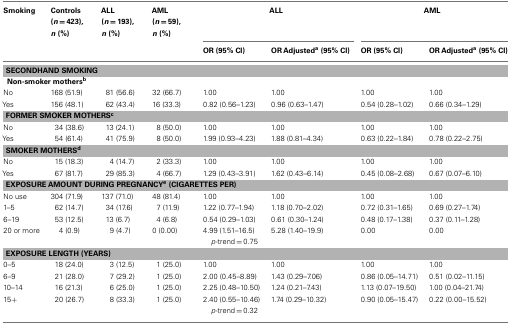
<table><thead><tr><td><b>Smoking</b></td><td><b>Controls (<i>n</i> = 423), <i>n</i> (%)</b></td><td><b>ALL (<i>n</i> = 193), <i>n</i> (%)</b></td><td><b>AML (<i>n</i> = 59), <i>n</i> (%)</b></td><td colspan="2"><b>ALL</b></td><td colspan="2"><b>AML</b></td></tr><tr><td></td><td></td><td></td><td></td><td><b>OR (95% CI)</b></td><td><b>OR Adjusted<sup>a</sup> (95% CI)</b></td><td><b>OR (95% CI)</b></td><td><b>OR Adjusted<sup>a</sup> (95% CI)</b></td></tr></thead><tbody><tr><td colspan="8"><b>SECONDHAND SMOKING</b></td></tr><tr><td colspan="8"><b>Non-smoker mothers<sup>b</sup></b></td></tr><tr><td>No</td><td>168 (51.9)</td><td>81 (56.6)</td><td>32 (66.7)</td><td>1.00</td><td>1.00</td><td>1.00</td><td>1.00</td></tr><tr><td>Yes</td><td>156 (48.1)</td><td>62 (43.4)</td><td>16 (33.3)</td><td>0.82 (0.56–1.23)</td><td>0.96 (0.63–1.47)</td><td>0.54 (0.28–1.02)</td><td>0.66 (0.34–1.29)</td></tr><tr><td colspan="8"><b>FORMER SMOKER MOTHERS<sup>c</sup></b></td></tr><tr><td>No</td><td>34 (38.6)</td><td>13 (24.1)</td><td>8 (50.0)</td><td>1.00</td><td>1.00</td><td>1.00</td><td>1.00</td></tr><tr><td>Yes</td><td>54 (61.4)</td><td>41 (75.9)</td><td>8 (50.0)</td><td>1.99 (0.93–4.23)</td><td>1.88 (0.81–4.34)</td><td>0.63 (0.22–1.84)</td><td>0.78 (0.22–2.75)</td></tr><tr><td colspan="8"><b>SMOKER MOTHERS<sup>d</sup></b></td></tr><tr><td>No</td><td>15 (18.3)</td><td>4 (14.7)</td><td>2 (33.3)</td><td>1.00</td><td>1.00</td><td>1.00</td><td>1.00</td></tr><tr><td>Yes</td><td>67 (81.7)</td><td>29 (85.3)</td><td>4 (66.7)</td><td>1.29 (0.43–3.91)</td><td>1.62 (0.43–6.14)</td><td>0.45 (0.08–2.68)</td><td>0.67 (0.07–6.10)</td></tr><tr><td colspan="8"><b>EXPOSURE AMOUNT DURING PREGNANCY<sup>e</sup> (CIGARETTES PER)</b></td></tr><tr><td>No use</td><td>304 (71.9)</td><td>137 (71.0)</td><td>48 (81.4)</td><td>1.00</td><td>1.00</td><td>1.00</td><td>1.00</td></tr><tr><td>1–5</td><td>62 (14.7)</td><td>34 (17.6)</td><td>7 (11.9)</td><td>1.22 (0.77–1.94)</td><td>1.18 (0.70–2.02)</td><td>0.72 (0.31–1.65)</td><td>0.69 (0.27–1.74)</td></tr><tr><td>6–19</td><td>53 (12.5)</td><td>13 (6.7)</td><td>4 (6.8)</td><td>0.54 (0.29–1.03)</td><td>0.61 (0.30–1.24)</td><td>0.48 (0.17–1.38)</td><td>0.37 (0.11–1.28)</td></tr><tr><td>20 or more</td><td>4 (0.9)</td><td>9 (4.7)</td><td>0 (0.00)</td><td>4.99 (1.51–16.5)</td><td>5.28 (1.40–19.9)</td><td>0.00</td><td>0.00</td></tr><tr><td></td><td colspan="6"><i>p</i>-trend = 0.75</td></tr><tr><td colspan="8"><b>EXPOSURE LENGTH (YEARS)</b></td></tr><tr><td>0–5</td><td>18 (24.0)</td><td>3 (12.5)</td><td>1 (25.0)</td><td>1.00</td><td>1.00</td><td>1.00</td><td>1.00</td></tr><tr><td>6–9</td><td>21 (28.0)</td><td>7 (29.2)</td><td>1 (25.0)</td><td>2.00 (0.45–8.89)</td><td>1.43 (0.29–7.06)</td><td>0.86 (0.05–14.71)</td><td>0.51 (0.02–11.15)</td></tr><tr><td>10–14</td><td>16 (21.3)</td><td>6 (25.0)</td><td>1 (25.0)</td><td>2.25 (0.48–10.50)</td><td>1.24 (0.21–7.43)</td><td>1.13 (0.07–19.50)</td><td>1.00 (0.04–21.74)</td></tr><tr><td>15+</td><td>20 (26.7)</td><td>8 (33.3)</td><td>1 (25.0)</td><td>2.40 (0.55–10.46)</td><td>1.74 (0.29–10.32)</td><td>0.90 (0.05–15.47)</td><td>0.22 (0.00–15.52)</td></tr><tr><td></td><td colspan="6"><i>p</i>-trend = 0.32</td></tr></tbody></table>